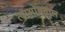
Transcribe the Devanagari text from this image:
त्याभोवताल